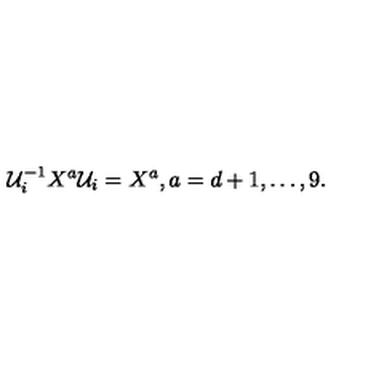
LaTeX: { \cal U } _ { i } ^ { - 1 } X ^ { a } { \cal U } _ { i } = X ^ { a } , a = d + 1 , \ldots , 9 .